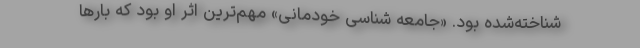
شناخته‌شده بود. «جامعه شناسی خودمانی» مهم‌ترین اثر او بود که بارها